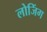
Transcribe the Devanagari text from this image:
लोजिंग